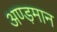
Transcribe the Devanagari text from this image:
अण्ड़मान